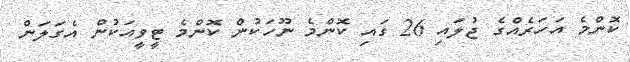
ކޮންމެ އަހަރެއްގެ ޖުލައި 26 ގައި ކޮންމެ ނޫހަކުން ކޮންމެ ޓީވީއަކުން އެގަލަން